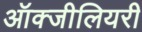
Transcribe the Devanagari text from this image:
ऑक्जीलियरी